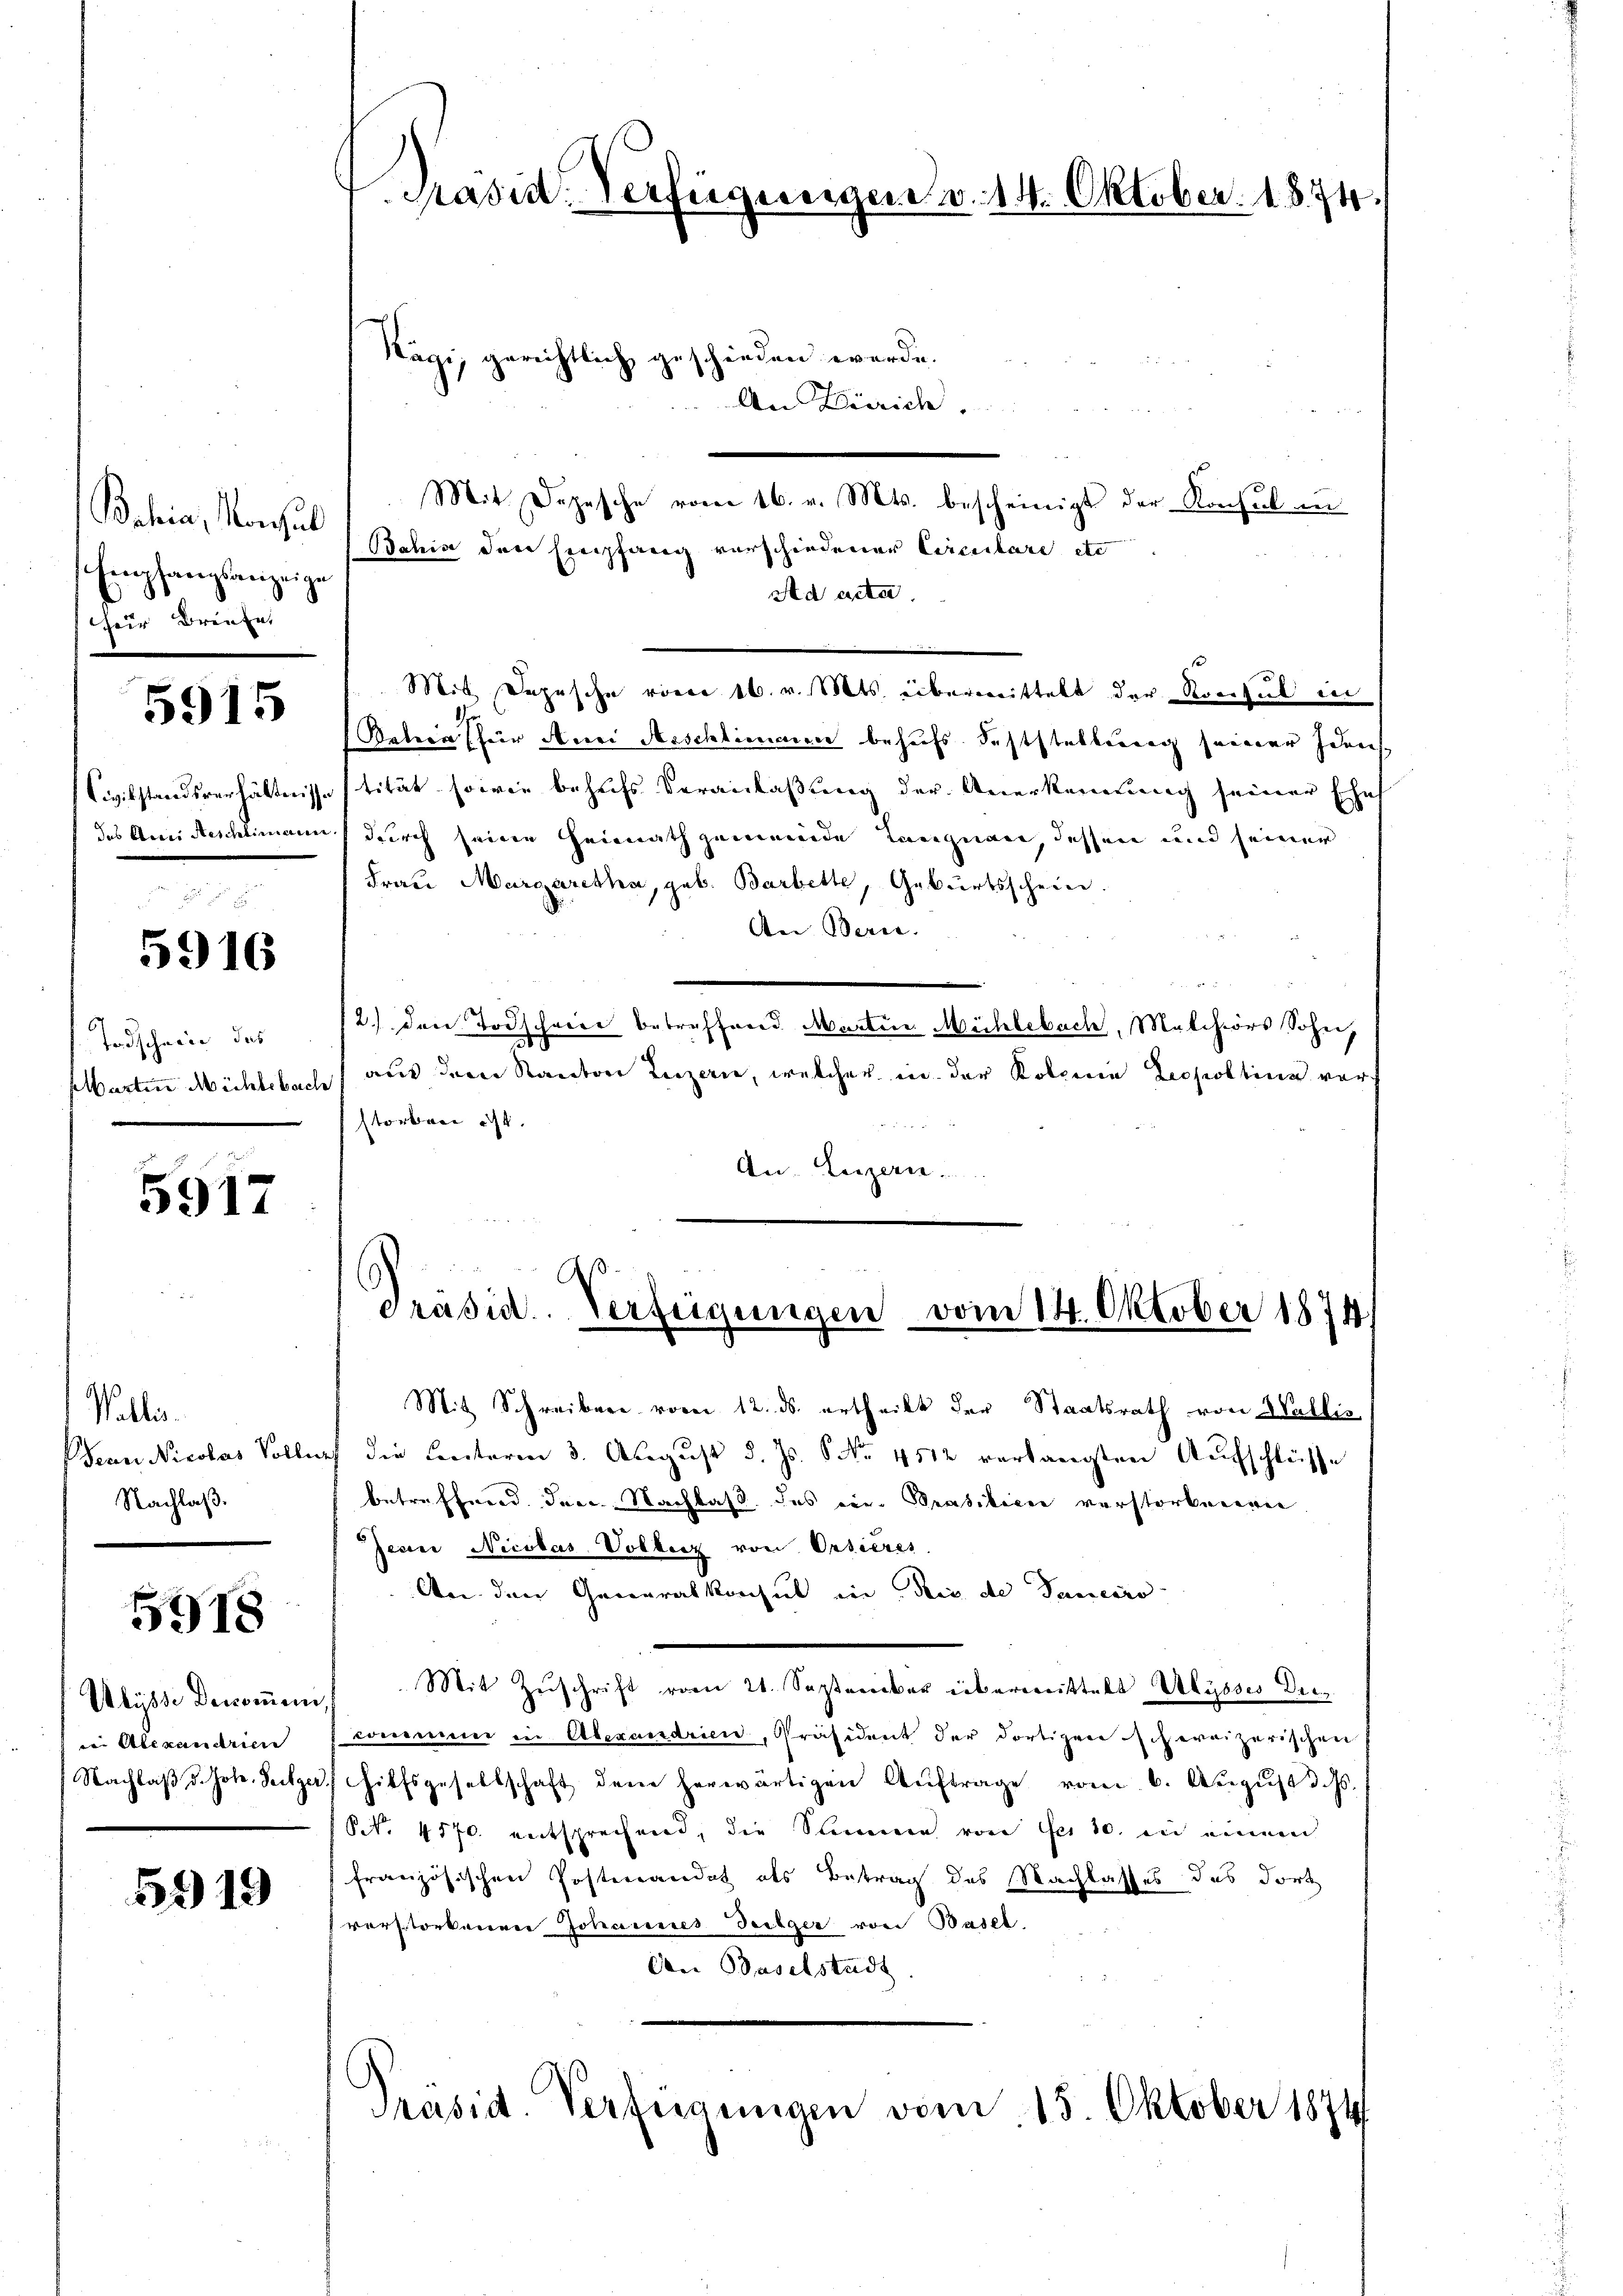
Bahia, Monsul
Empfanglanzeige
cher Briefe

5915

5916

Todscheine das
Warten Michlebach

5917

Wallis.
Nachlaß.

5918

in Alexanarien
Nachlaß d. Joh. Seilger

5919

Präsid. Verfügungen v. 14. Oktober. 1874

Nägi, gerichtlich geschieden werde.
An Zürich
Mit Depesche vom 16. v. Mts. bescheinigt der Konsul in
Bahia der Empfang verschiedener Circulare etc
Ad acta
Mit Depesche von 16. v. Mts. übermittelt der Konsul in
Patern für den Aeschlimmen behufs Feststellung seiner Idens¬
Civilstandsverhältnisse stität, sowie behufs Veranlaßung der Anerkennung seiner Ehes
des Ami Aeschlimann durch seine Heimathgemeinde Langnau, dessen und seiner
Frau Margaretha, geb. Barbette, Geburtsschein.
An Bern.
12.) Der Todschwere betreffend Martin Mühlebach, Malchiors Sohn,
aus dem Kanton Luzern, welcher in der Kolonia Leopoltinn vorstorben ist.
 0 f 4 x
An. Luzern

Präsid. Verfeigungen vom 14. Oktober 1874

Mit Schreibere vom 12. ds. ertheilt der Staatsrath von Wallis
Jean Nicolas Vollers die Centoren 3. August d. Js. No. 4512 verlangten Aufschlüsse
betreffend. Dec. Nachlass des ein Prasilicen verstorbenen
Jecire Nicolas Vollerz von Ortières.
An den Generalkonsul in Bis de Janeiro
Ulysse Denoṁen Mit Zŭschrift vom 21. September übermittelt Ulysses De-
commen in Alexandrien, Präsident der dortigen schweizerischen
3.) Hilfsgesellschaft dem herwärtigen Aŭftrage vom 6. Aŭgŭst d. Js.
Nr. 4170. entsprechend, die Stimme von Fei 10. in einem
französischen Postenandet als Betrag des Nachlasses des dort
verstorbenen Johannes Teilger von Basel,
Den Baselstadt
Präsid. Verfügungen vom 15. Oktober 1874